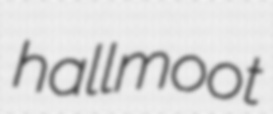
hallmoot